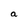
Character: a